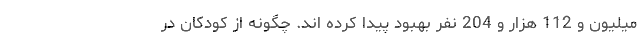
میلیون و 112 هزار و 204 نفر بهبود پیدا کرده اند. چگونه از کودکان در